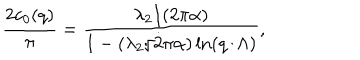
LaTeX: { \frac { 2 c _ { 0 } ( q ) } { \pi } } = { \frac { \lambda _ { 2 } / ( 2 \pi \alpha ) } { 1 - ( \lambda _ { 2 } / 2 \pi \alpha ) \ln ( q / \Lambda ) } } ,